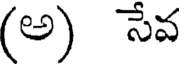
(అ) సేవ